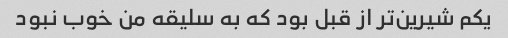
یکم شیرین‌تر از قبل بود که به سلیقه من خوب نبود